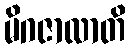
မိဂဇာလာတိ